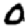
Digit: 0